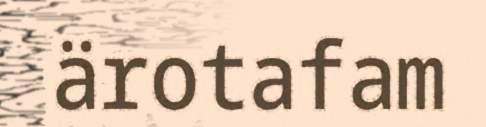
ärotafam